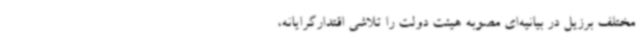
مختلف برزیل در بیانیه‌ای مصوبه هیئت دولت را تلاشی اقتدارگرایانه،